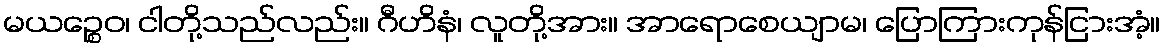
မယဉ္စေဝ၊ ငါတို့သည်လည်း။ ဂီဟိနံ၊ လူတို့အား။ အာရောစေယျာမ၊ ပြောကြားကုန်ငြားအံ့။